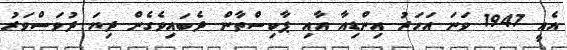
އެއީ 1947 ވަނަ އަހަރު އިންޑިއާ އާއި ޕާކިސްތާން ދެބައިވެގެން ދިޔަ ދުވަސްވަރު